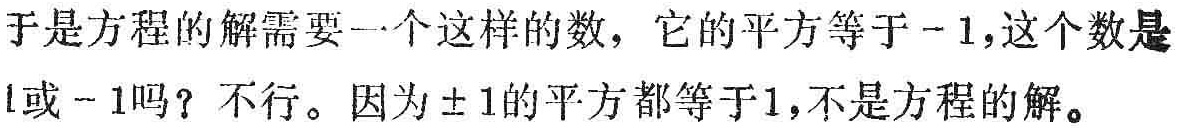
于是方程的解需要一个这样的数，它的平方等于$-1$，这个数是$1$或$-1$吗？不行。因为$\pm1$的平方都等于$1$，不是方程的解。